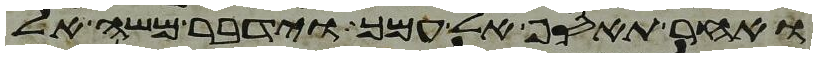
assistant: ואחר תאסף אל עמך וידבר משה אל